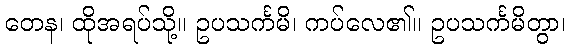
တေန၊ ထိုအရပ်သို့။ ဥပသင်္ကမိ၊ ကပ်လေ၏။ ဥပသင်္ကမိတွာ၊